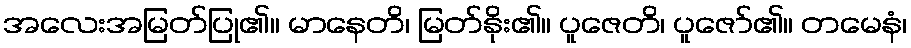
အလေးအမြတ်ပြု၏။ မာနေတိ၊ မြတ်နိုး၏။ ပူဇေတိ၊ ပူဇော်၏။ တမေနံ၊